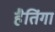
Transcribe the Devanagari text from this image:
हैतिंगा